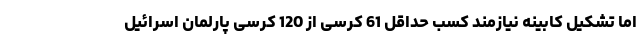
اما تشکیل کابینه نیازمند کسب حداقل 61 کرسی از 120 کرسی پارلمان اسرائیل